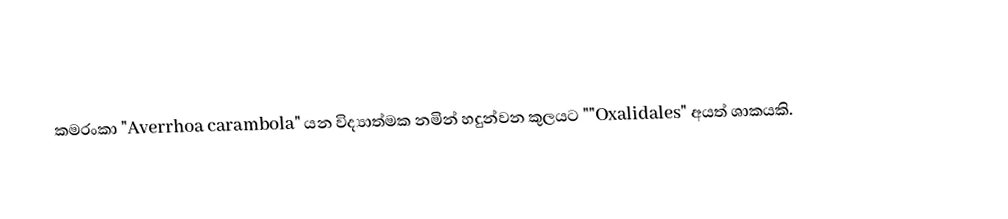
කමරංකා  "Averrhoa carambola" යන විද්‍යාත්මක නමින් හදුන්වන කුලයට ""Oxalidales" අයත් ශාකයකි.